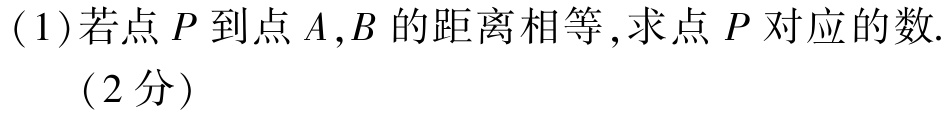
(1)若点\(P\)到点\(A,B\)的距离相等,求点\(P\)对应的数.

（2分）